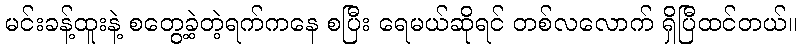
မင်းခန့်ထူးနဲ့ စတွေ့ခဲ့တဲ့ရက်ကနေ စပြီး ရေမယ်ဆိုရင် တစ်လလောက် ရှိပြီထင်တယ်။